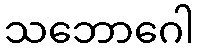
သဘောဂေါ